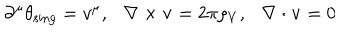
\partial ^ { \mu } \theta _ { \mathrm { s i n g } } = v ^ { \mu } , \ \ \ \nabla \times { \bf v } = 2 \pi \rho _ { V } , \ \ \ \nabla \cdot { \bf v } = 0